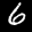
Label: 6